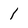
Character: 1